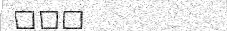
١٦٩